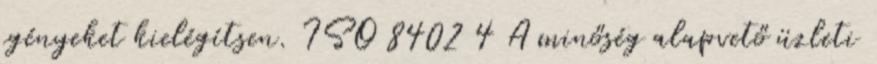
igényeket kielégítsen. ISO 8402 4 A minőség alapvető üzleti